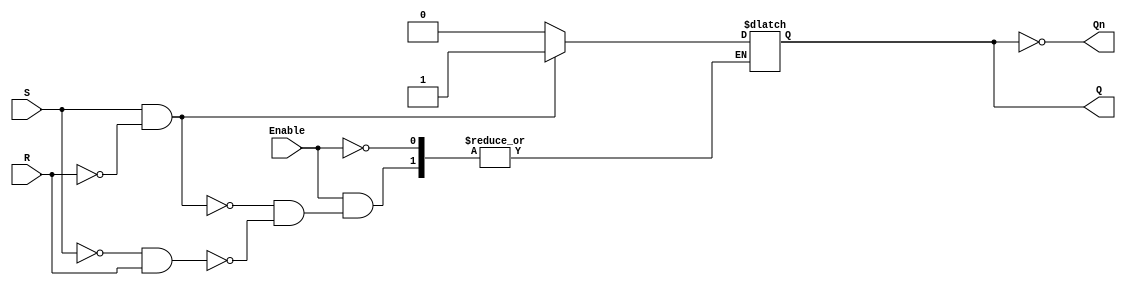
module GatedSRLatch (
    input wire S,       // Set input
    input wire R,       // Reset input
    input wire Enable,  // Enable input
    output reg Q,       // Output Q
    output wire Qn      // Output Q' (complement of Q)
);

    // Assign the complement of Q
    assign Qn = ~Q;

    always @ (Enable or S or R) begin
        if (Enable) begin
            if (S && !R) begin
                Q <= 1'b1;  // Set Q to 1
            end else if (!S && R) begin
                Q <= 1'b0;  // Reset Q to 0
            end
            // If S = 0 and R = 0, Q retains its previous state
            // If S = 1 and R = 1, it's indeterminate state, do nothing
        end
        // When Enable is low, Q retains its previous state
    end

endmodule